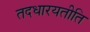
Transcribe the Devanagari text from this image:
तदधारयतीति